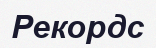
Рекордс